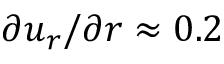
\partial u _ { r } / \partial r \approx 0 . 2